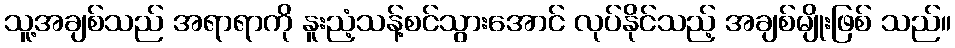
သူ့အချစ်သည် အရာရာကို နူးညံ့သန့်စင်သွားအောင် လုပ်နိုင်သည့် အချစ်မျိုးဖြစ် သည်။